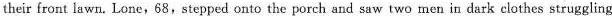
their front lawn. Lone,68,stepped onto the porch and saw two men in dark clothes struggling